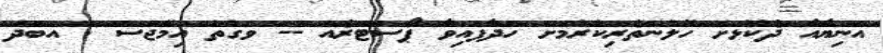
އަނިޔާއާ ދެކޮޅަށް ހޭލުންތެރިކުރުމަށް ހަދާފައިވާ ޕޯސްޓަރެއް -- ވަގުތު އިމޭޖްސް : އަބްދު